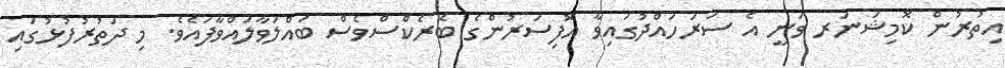
އިތުރުން ކޮމިޝަނަރ ވަނީ އެ ސަރަހައްދުގައިވާ އޮފިސަރުންގެ ބެރެކްސްވެސް ބައްލަވާލައްވާފައެވެ. މި ދަތުރުފުޅުގައި